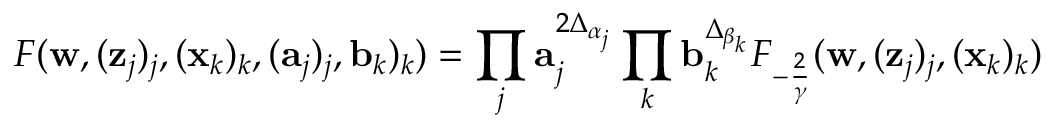
F ( \mathbf w , ( \mathbf z _ { j } ) _ { j } , ( \mathbf x _ { k } ) _ { k } , ( \mathbf a _ { j } ) _ { j } , \mathbf b _ { k } ) _ { k } ) = \prod _ { j } \mathbf a _ { j } ^ { 2 \Delta _ { \alpha _ { j } } } \prod _ { k } \mathbf b _ { k } ^ { \Delta _ { \beta _ { k } } } F _ { - \frac 2 \gamma } ( \mathbf w , ( \mathbf z _ { j } ) _ { j } , ( \mathbf x _ { k } ) _ { k } )